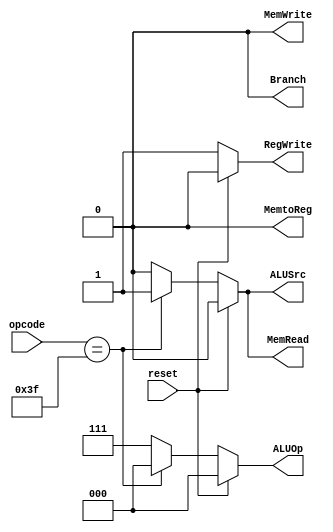
// Control Unit

module Control_Unit(
 input reset,
 input [6:0] opcode,
 output reg RegWrite, MemtoReg, MemRead, MemWrite, Branch, ALUSrc,
 output reg [2:0] ALUOp
);

always @(*) begin
 if(reset) begin
  {ALUSrc, MemtoReg, RegWrite, MemRead, MemWrite, Branch, ALUOp} = 7'b0000000;
 end
 else begin 
  case(opcode)
   7'b0110011: begin // R-type
    ALUSrc <= 0;
    MemtoReg <= 0;
    RegWrite <= 1;
    MemRead <= 0;
    MemWrite <= 0;
    Branch <= 0;
    ALUOp <= 3'b111;
   end
   7'b0111111: begin // I-type 
    ALUSrc <= 1;
    MemtoReg <= 0;
    RegWrite <= 1;
    MemRead <= 1;
    MemWrite <= 0;
    Branch <= 0;
    ALUOp <= 3'b000;
   end
   default: begin // R-type
    ALUSrc <= 0;
    MemtoReg <= 0;
    RegWrite <= 1;
    MemRead <= 0;
    MemWrite <= 0;
    Branch <= 0;
    ALUOp <= 3'b111;
   end
  endcase
 end

end

endmodule